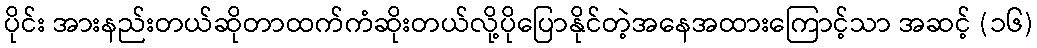
ပိုင်း အားနည်းတယ်ဆိုတာထက်ကံဆိုးတယ်လို့ပိုပြောနိုင်တဲ့အနေအထားကြောင့်သာ အဆင့် (၁၆)